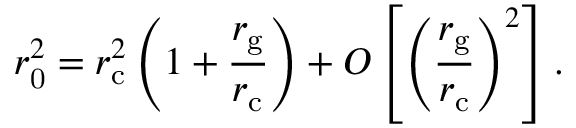
r _ { \mathrm { 0 } } ^ { 2 } = r _ { \mathrm { c } } ^ { 2 } \left( 1 + \frac { r _ { \mathrm { g } } } { r _ { \mathrm { c } } } \right) + O \left[ \left( \frac { r _ { \mathrm { g } } } { r _ { \mathrm { c } } } \right) ^ { 2 } \right] .